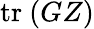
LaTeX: \mathrm{tr}\ (GZ)